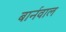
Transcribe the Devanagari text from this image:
बार्नवाल